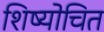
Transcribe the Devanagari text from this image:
शिष्योचित